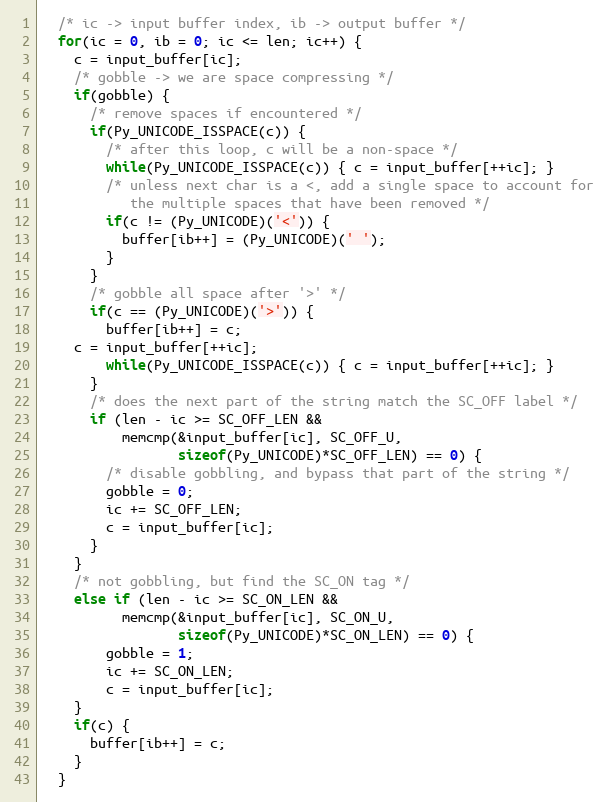
Language: C
  /* ic -> input buffer index, ib -> output buffer */
  for(ic = 0, ib = 0; ic <= len; ic++) {
    c = input_buffer[ic];
    /* gobble -> we are space compressing */
    if(gobble) {
      /* remove spaces if encountered */
      if(Py_UNICODE_ISSPACE(c)) {
        /* after this loop, c will be a non-space */
        while(Py_UNICODE_ISSPACE(c)) { c = input_buffer[++ic]; }
        /* unless next char is a <, add a single space to account for
           the multiple spaces that have been removed */
        if(c != (Py_UNICODE)('<')) {
          buffer[ib++] = (Py_UNICODE)(' ');
        }
      }
      /* gobble all space after '>' */
      if(c == (Py_UNICODE)('>')) {
        buffer[ib++] = c;
	c = input_buffer[++ic];
        while(Py_UNICODE_ISSPACE(c)) { c = input_buffer[++ic]; }
      }
      /* does the next part of the string match the SC_OFF label */
      if (len - ic >= SC_OFF_LEN &&
          memcmp(&input_buffer[ic], SC_OFF_U,
                 sizeof(Py_UNICODE)*SC_OFF_LEN) == 0) {
        /* disable gobbling, and bypass that part of the string */
        gobble = 0;
        ic += SC_OFF_LEN;
        c = input_buffer[ic];
      }
    }
    /* not gobbling, but find the SC_ON tag */
    else if (len - ic >= SC_ON_LEN &&
          memcmp(&input_buffer[ic], SC_ON_U,
                 sizeof(Py_UNICODE)*SC_ON_LEN) == 0) {
        gobble = 1;
        ic += SC_ON_LEN;
        c = input_buffer[ic];
    }
    if(c) {
      buffer[ib++] = c;
    }
  }